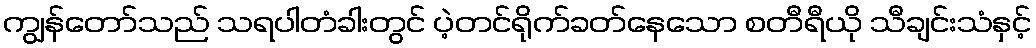
ကျွန်တော်သည် သရပါတံခါးတွင် ပဲ့တင်ရိုက်ခတ်နေသော စတီရီယို သီချင်းသံနှင့်